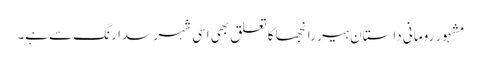
مشہور رومانی داستان ہیر رانجھا کا تعلق بھی اسی شہر سدا رنگ سے ہے۔